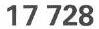
17 728